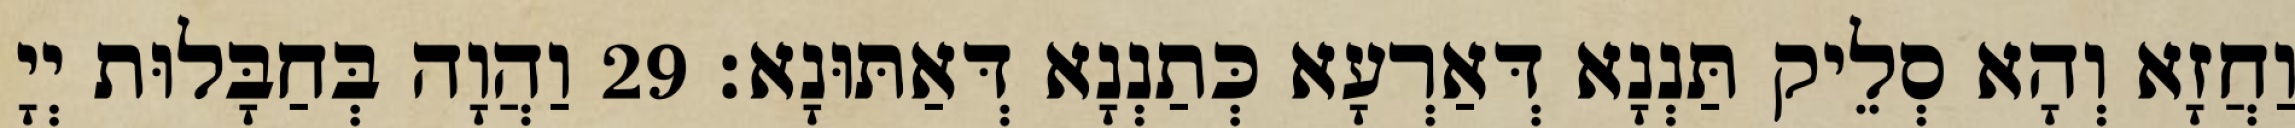
וַחֲזָא וְהָא סְלֵיק תַּנְנָא דְּאַרְעָא כְּתַנְנָא דְּאַתּוּנָא׃ 29 וַהֲוָה בְּחַבָּלוּת יְיָ